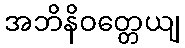
အဘိနိဝတ္တေယျ